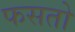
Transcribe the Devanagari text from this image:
फसतो